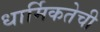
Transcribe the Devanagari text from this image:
धार्मिकतेची